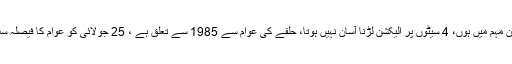
ن لیگ کے ناراض رہنماء کا کہنا تھا کہ اس وقت نارمل حالات نہیں ہیں، میں الیکشن مہم میں ہوں، 4 سیٹوں پر الیکشن لڑنا آسان نہیں ہوتا، حلقے کی عوام سے 1985 سے تعلق ہے ، 25 جولائی کو عوام کا فیصلہ سب کے سامنے آجائے گا، میرا یہ طرز سیاست نہیں کہ دوسروں پر ذاتی طنز کروں۔